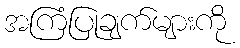
အကြံပြုချက်များကို